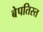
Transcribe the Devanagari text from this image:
बेपतिस्त